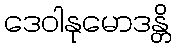
ဒေဝါနုမောဒန္တိ